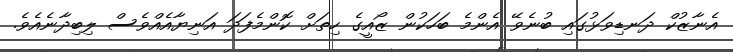
އެނާޒުކް ދަނޑިވަޅުގައި ބުނެވޭ އެންމެ ބަހަކުން ޒޯއީގެ ހިތަށް ކޮންމެފަދަ އަނިޔާއެއްވެސް ލިބިދާނެއެވެ.